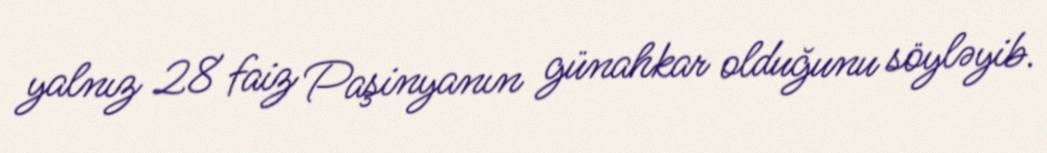
yalnız 28 faiz Paşinyanın günahkar olduğunu söyləyib.